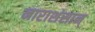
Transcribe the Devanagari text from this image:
नाराशंसान्